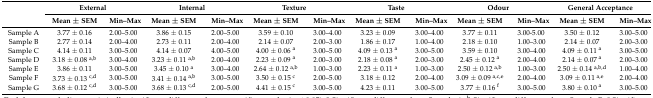
<table><thead><tr><td rowspan="2"></td><td colspan="2"><b>External</b></td><td colspan="2"><b>Internal</b></td><td colspan="2"><b>Texture</b></td><td colspan="2"><b>Taste</b></td><td colspan="2"><b>Odour</b></td><td colspan="2"><b>General Acceptance</b></td></tr><tr><td><b>Mean ± SEM</b></td><td><b>Min–Max</b></td><td><b>Mean ± SEM</b></td><td><b>Min–Max</b></td><td><b>Mean ± SEM</b></td><td><b>Min–Max</b></td><td><b>Mean ± SEM</b></td><td><b>Min–Max</b></td><td><b>Mean ± SEM</b></td><td><b>Min–Max</b></td><td><b>Mean ± SEM</b></td><td><b>Min–Max</b></td></tr></thead><tbody><tr><td>Sample A</td><td>3.77 ± 0.16</td><td>2.00–5.00</td><td>3.86 ± 0.15</td><td>2.00–5.00</td><td>3.59 ± 0.10</td><td>3.00–4.00</td><td>3.23 ± 0.09</td><td>3.00–4.00</td><td>3.77 ± 0.11</td><td>3.00-5.00</td><td>3.50 ± 0.12</td><td>3.00–5.00</td></tr><tr><td>Sample B</td><td>2.77 ± 0.14</td><td>2.00–4.00</td><td>2.73 ± 0.11</td><td>2.00–4.00</td><td>2.14 ± 0.07</td><td>2.00–3.00</td><td>1.86 ± 0.17</td><td>1.00–4.00</td><td>2.18 ± 0.10</td><td>1.00–3.00</td><td>2.14 ± 0.07</td><td>2.00–3.00</td></tr><tr><td>Sample C</td><td>4.14 ± 0.11</td><td>3.00–5.00</td><td>4.14 ± 0.07</td><td>4.00–5.00</td><td>4.00 ± 0.06 <sup>a</sup></td><td>3.00–5.00</td><td>4.09 ± 0.13 <sup>a</sup></td><td>3.00–5.00</td><td>3.59 ± 0.10</td><td>3.00–4.00</td><td>4.09 ± 0.11 <sup>a</sup></td><td>3.00–5.00</td></tr><tr><td>Sample D</td><td>3.18 ± 0.08 <sup>a,b</sup></td><td>3.00–4.00</td><td>3.23 ± 0.11 <sup>a,b</sup></td><td>2.00–4.00</td><td>2.23 ± 0.09 <sup>a</sup></td><td>2.00–3.00</td><td>2.18 ± 0.08 <sup>a</sup></td><td>2.00–3.00</td><td>2.45 ± 0.12 <sup>a</sup></td><td>2.00–4.00</td><td>2.14 ± 0.07 <sup>a</sup></td><td>2.00–3.00</td></tr><tr><td>Sample E</td><td>3.86 ± 0.11</td><td>3.00–5.00</td><td>3.45 ± 0.10 <sup>a</sup></td><td>3.00–4.00</td><td>2.64 ± 0.12 <sup>a,b</sup></td><td>1.00–3.00</td><td>2.23 ± 0.11 <sup>a</sup></td><td>1.00–3.00</td><td>2.50 ± 0.12 <sup>a,b</sup></td><td>1.00–3.00</td><td>2.50 ± 0.14 <sup>a,b,d</sup></td><td>1.00–4.00</td></tr><tr><td>Sample F</td><td>3.73 ± 0.13 <sup>c,d</sup></td><td>3.00–5.00</td><td>3.41 ± 0.14 <sup>a,b</sup></td><td>3.00–5.00</td><td>3.50 ± 0.15 <sup>c</sup></td><td>2.00–5.00</td><td>3.18 ± 0.12</td><td>2.00–4.00</td><td>3.09 ± 0.09 <sup>a,c,e</sup></td><td>2.00–4.00</td><td>3.09 ± 0.11 <sup>a,e</sup></td><td>2.00–4.00</td></tr><tr><td>Sample G</td><td>3.68 ± 0.12 <sup>c,d</sup></td><td>3.00–5.00</td><td>3.68 ± 0.13 <sup>c,d</sup></td><td>2.00–5.00</td><td>4.41 ± 0.15 <sup>c</sup></td><td>3.00–5.00</td><td>4.23 ± 0.11</td><td>3.00–5.00</td><td>3.77 ± 0.16 <sup>f</sup></td><td>3.00–5.00</td><td>3.80 ± 0.10 <sup>a</sup></td><td>3.00–5.00</td></tr></tbody></table>